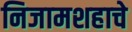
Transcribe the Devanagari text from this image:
निजामशहाचे